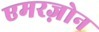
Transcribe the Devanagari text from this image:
एमरज़ोन